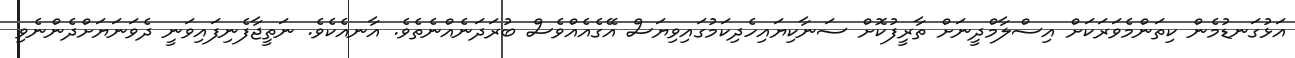
އަޅުގަނޑުމެން ކިތަންމެވަރަކަށް އިސްލާމްދީނަށް ތާރީފުކޮށް ސަނާކިޔައިހެދިކަމުގައިވިޔަސް އޭގެއެއްވެސް ބުރަދަނެއްނެތެވެ. އާނއެކެވެ. ނަތީޖާފެނިފައިވަނީ ދެވަނަޔަށްދެންނެވި